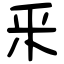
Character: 釆